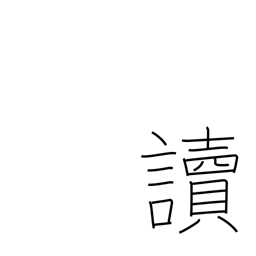
Meaning: pronounce